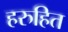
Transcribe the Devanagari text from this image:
हरुहित